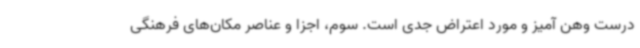
درست وهن آمیز و مورد اعتراض جدی است. سوم، اجزا و عناصر مکان‌های فرهنگی